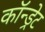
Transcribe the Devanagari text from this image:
कॉन्ड्रेट